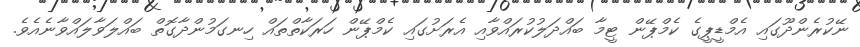
ނޭކުރެންދޫގައި އެމްޑީޕީގެ ކެމްޕޭން ޓީމާ ބައްދަލުކުރައްވާއި އެރަށުގައި ކެމްޕޭން ހަރަކާތްތައް ހިނގަމުންދާގޮތް ބައްލަވާލައްވާނެއެވެ.